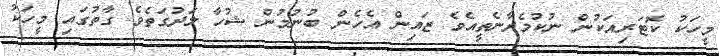
މީހަކު ކޮޓަރިއަކުން ނުކުމެދާނެތީއެވެ ޒައިން އެހެން ބުނުމުން ޝުހާ ލަދުގަތެވެ ގާތުގައި މީހަކު